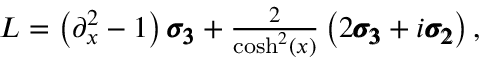
\begin{array} { r } { { \cal L } = \left( \partial _ { x } ^ { 2 } - 1 \right) \pmb { \sigma _ { 3 } } + \frac { 2 } { \cosh ^ { 2 } ( x ) } \left( 2 \pmb { \sigma _ { 3 } } + i \pmb { \sigma _ { 2 } } \right) , } \end{array}